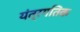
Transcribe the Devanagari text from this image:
यंत्रगतिक